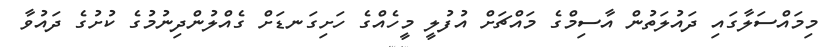
މިމައްސަލާގައި ދައުލަތުން އާސިމްގެ މައްޗަށް އުފުލީ މީހެއްގެ ހަށިގަނޑަށް ގެއްލުންދިނުމުގެ ކުށުގެ ދައުވާ